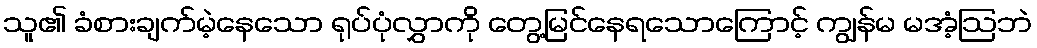
သူ၏ ခံစားချက်မဲ့နေသော ရုပ်ပုံလွှာကို တွေ့မြင်နေရသောကြောင့် ကျွန်မ မအံ့ဩဘဲ